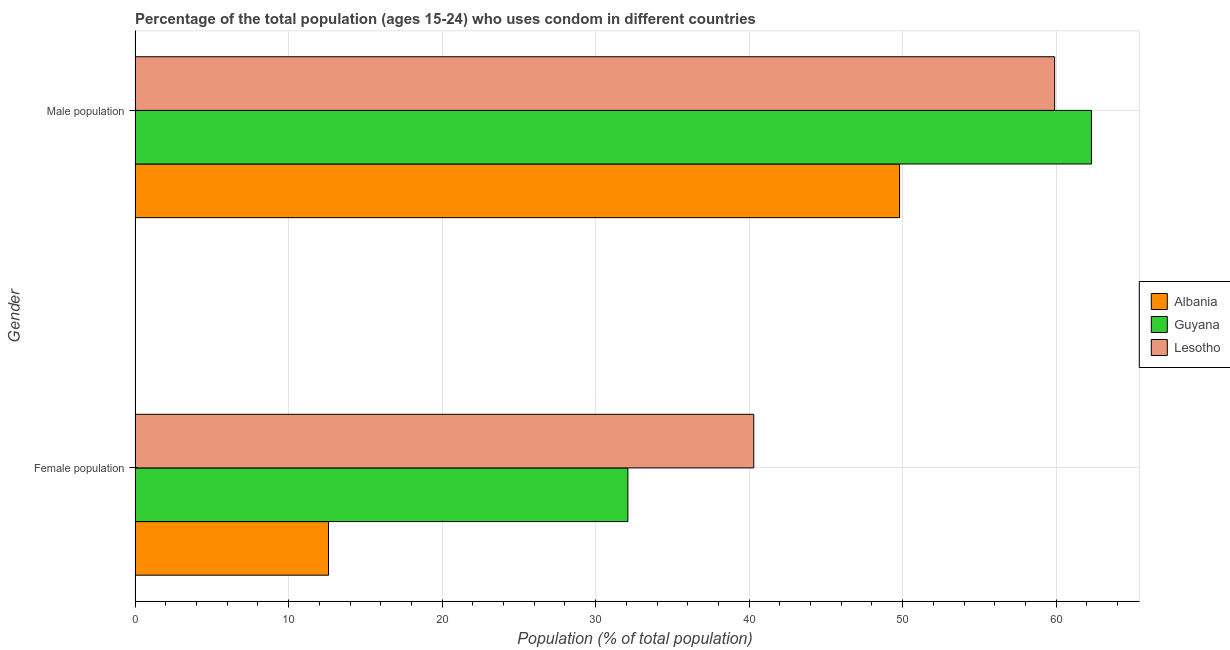
| Gender | Albania | Guyana | Lesotho |
 | --- | --- | --- | --- |
 | Female population | 12.6 | 32.1 | 40.3 |
 | Male population | 49.8 | 62.3 | 59.9 |